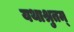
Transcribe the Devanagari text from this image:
यथाश्रुतम्